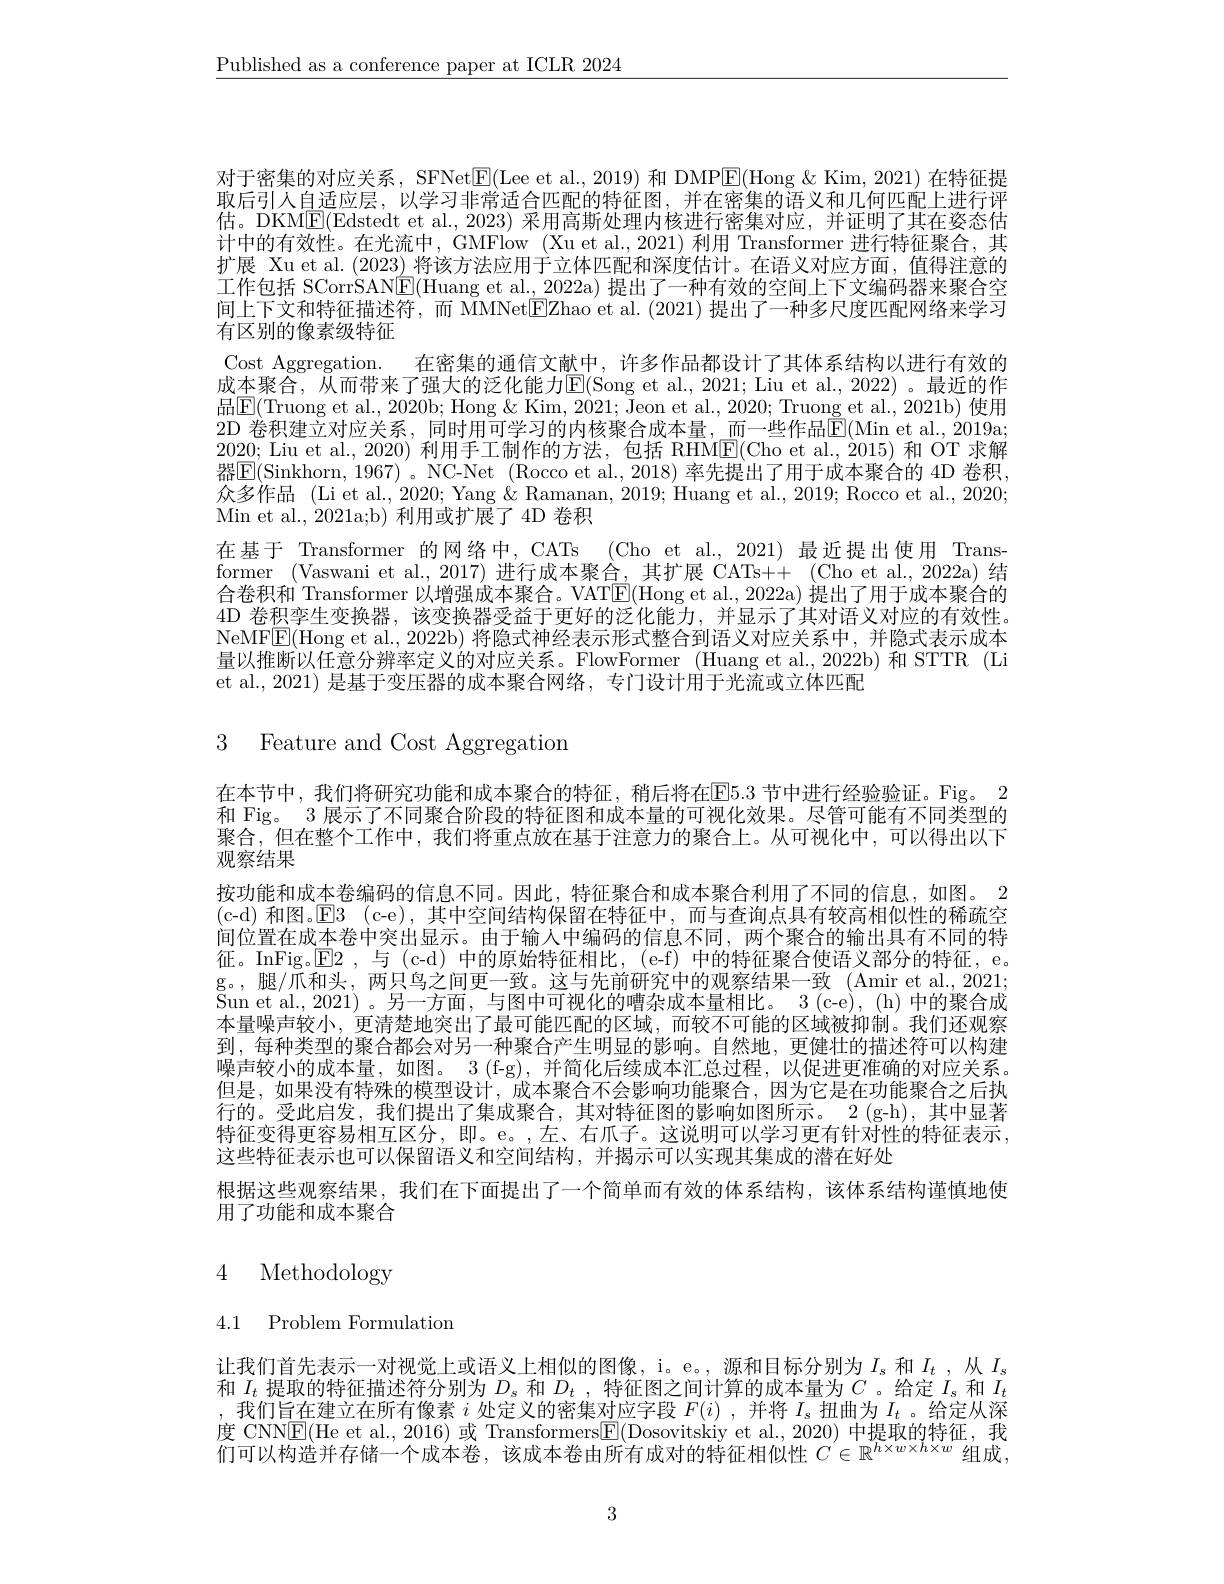
$\underline{\text{Published as a conference paper at ICLR 2024}}$

对于密集的对应关系，SFNet$\underline{\mathrm{E}}($Lee et al., 2019) 和 DMP$\underline{\mathrm{E}}($Hong &Kim, 2021) 在特征提取后引人自适应层，以学习非常适合匹配的特征图，并在密集的语义和几何匹配上进行评估。DKM$\overline{\mathrm{F}}($Edstedt et al., 2023) 采用高斯处理内核进行密集对应，并证明了其在姿态估计中的有效性。在光流中，GMFlow (Xu et al., 2021) 利用 Transformer 进行特征聚合，其扩展 Xu et al.(2023) 将该方法应用于立体匹配和深度估计。在语义对应方面，值得注意的工作包括 SCorrSAN$\boxed{\mathrm{E}}($Huang et al., 2022a) 提出了一种有效的空间上下文编码器来聚合空间上下文和特征描述符，而 MMNetEZhao et al.(2021) 提出了一种多尺度匹配网络来学习有区别的像素级特征
Cost Aggregation. 在密集的通信文献中，许多作品都设计了其体系结构以进行有效的成本聚合，从而带来了强大的泛化能力$\boxed{\mathrm{E}}($Song et al., 2021; Liu et al., 2022) 。最近的作品$\boxed{\mathrm{E}}($Truong et al., 2020b; Hong & Kim, 2021; Jeon et al., 2020; Truong et al., 2021b) 使用2D 卷积建立对应关系，同时用可学习的内核聚合成本量，而一些作品$\mathbb{E}($Min et al., 2019a; 2020; Liu et al., 2020) 利用手工制作的方法，包括 RHM$\underline{\mathrm{E}}($Cho et al., 2015) 和 OT 求解器$\overline{\mathrm{E}}($Sinkhorn, 1967) 。NC-Net (Rocco et al., 2018) 率先提出了用于成本聚合的 4D 卷积， 众多作品 (Li et al., 2020; Yang & Ramanan, 2019; Huang et al., 2019; Rocco et al., 2020; Min et al., 2021a;b) 利用或扩展了 4D 卷积
在基于 Transformer 的网络中，CATs (Cho et al.,2021) 最近提出使用 Transformer (Vaswani et al., 2017) 进行成本聚合，其扩展 CATs++ (Cho et al., 2022a) 结合卷积和 Transformer 以增强成本聚合。VAT$\overline{\mathrm{E}}($Hong et al., 2022a) 提出了用于成本聚合的4D 卷积孪生变换器，该变换器受益于更好的泛化能力，并显示了其对语义对应的有效性。NeMFE(Hong et al., 2022b) 将隐式神经表示形式整合到语义对应关系中，并隐式表示成本量以推断以任意分辨率定义的对应关系。FlowFormer (Huang et al.,2022b)和 STTR (Li et al., 2021) 是基于变压器的成本聚合网络，专门设计用于光流或立体匹配

3 Feature and Cost Aggregation

在本节中，我们将研究功能和成本聚合的特征，稍后将在E5.3 节中进行经验验证。Fig。2和 Fig。3 展示了不同聚合阶段的特征图和成本量的可视化效果。尽管可能有不同类型的聚合，但在整个工作中，我们将重点放在基于注意力的聚合上。从可视化中，可以得出以下观察结果
按功能和成本卷编码的信息不同。因此，特征聚合和成本聚合利用了不同的信息，如图。2 (c-d)和图。$\mathsf{E} 3$ (c-e),其中空间结构保留在特征中，而与查询点具有较高相似性的稀疏空间位置在成本卷中突出显示。由于输人中编码的信息不同，两个聚合的输出具有不同的特征。InFig。$\operatorname{E}2$,与 (c-d)中的原始特征相比，(e-f)中的特征聚合使语义部分的特征，e. g。, 腿 / 爪 和 头 , 两 只 鸟 之 间 更 一 致 。这 与 先 前 研 究 中 的 观 察 结 果 一 致 ( Amir et al. , 2021; g。, 腿 / 爪 和 头 , 两 只 鸟 之 间 更 一 致 。这 与 先 前 研 究 中 的 观 察 结 果 一 致 ( Amir et al. , 2021; Prest al. Prest andes Prest andes Prest Pres Pres Pres Pres Pres Pres Pres Pres Pres P $\bar{S}$un et al. , 2021) 。另 一 方 面 , 与 图 中 可 视 化 的 嘈 杂 成 本 量 相 比 。3 ( c- e) , ( h) 中 的 聚 合 成 本量噪声较小，更清楚地突出了最可能匹配的区域，而较不可能的区域被抑制。我们还观察到，每种类型的聚合都会对另一种聚合产生明显的影响。自然地，更健壮的描述符可以构建噪声较小的成本量，如图。3 (f-g),并简化后续成本汇总过程，以促进更准确的对应关系。但是，如果没有特殊的模型设计，成本聚合不会影响功能聚合，因为它是在功能聚合之后执行的。受此启发，我们提出了集成聚合，其对特征图的影响如图所示。2(g-h),其中显著特征变得更容易相互区分，即。e。,左、右爪子。这说明可以学习更有针对性的特征表示， 这些特征表示也可以保留语义和空间结构，并揭示可以实现其集成的潜在好处
根据这些观察结果，我们在下面提出了一个简单而有效的体系结构，该体系结构谨慎地使
用了功能和成本聚合

# 4 Methodology

4.1 Problem Formulation

让我们首先表示一对视觉上或语义上相似的图像，i。e。,源和目标分别为$I_s$和$I_t$ , 从 $I_s$ 和$I_t$提取的特征描述符分别为$D_s$和$D_t$ ,特征图之间计算的成本量为$C$ 。给定$I_s$和$I_t$ ,我们旨在建立在所有像素$i$处定义的密集对应字段$F(i)$ ,并将$I_s$扭曲为$I_t$ 。给定从深度 CNN$\boxed{\mathrm{E}}($He et al., 2016) 或 Transformers$\boxed{\mathrm{F}}($Dosovitskiy et al., 2020) 中提取的特征，我们可以构造并存储一个成本卷，该成本卷由所有成对的特征相似性$C\in\mathbb{R}^h\times w\times h\times w$组成，

3